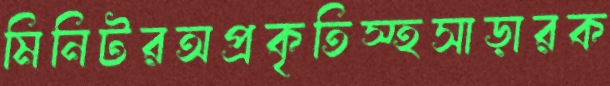
মিনিটরঅপ্রকৃতিস্হসাড়ারক